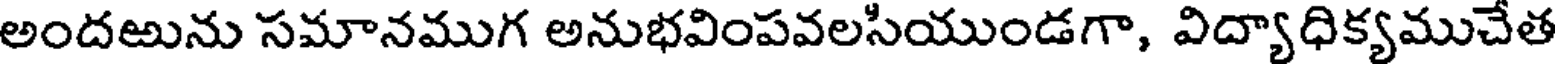
అందఱును సమానముగ అనుభవింపవలసియుండగా, విద్యాధిక్యముచేత